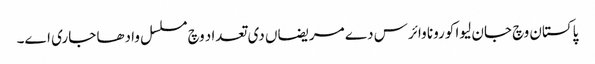
پاکستان وچ جان لیوا کورونا وائرس دے مریضاں دی تعداد وچ مسلسل وادھا جاری اے۔